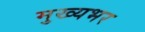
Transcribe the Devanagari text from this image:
मुख्यभर